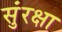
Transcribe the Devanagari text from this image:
सुंरक्षा